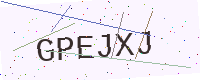
Text: GPEJXJ